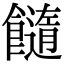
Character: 𩟆